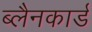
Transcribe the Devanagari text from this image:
ब्लैनकार्ड